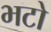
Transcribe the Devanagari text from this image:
भटो